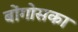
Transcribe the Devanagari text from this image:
बोंगोसका